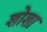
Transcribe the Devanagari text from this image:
शोशा